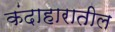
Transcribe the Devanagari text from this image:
कंदाहारातील